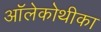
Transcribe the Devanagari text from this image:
ऑलेकोथीका